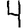
Digit: 4